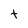
Character: t